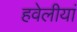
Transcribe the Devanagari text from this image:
हवेलीयां